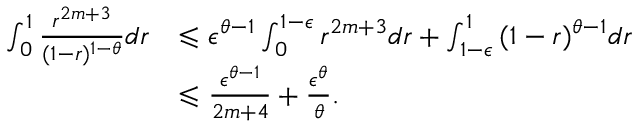
\begin{array} { r l } { \int _ { 0 } ^ { 1 } { \frac { r ^ { 2 m + 3 } } { ( 1 - r ) ^ { 1 - \theta } } } d r } & { \leqslant \epsilon ^ { \theta - 1 } \int _ { 0 } ^ { 1 - \epsilon } { { r ^ { 2 m + 3 } } } d r + \int _ { 1 - \epsilon } ^ { 1 } { ( 1 - r ) ^ { \theta - 1 } } d r } \\ & { \leqslant \frac { \epsilon ^ { \theta - 1 } } { 2 m + 4 } + \frac { \epsilon ^ { \theta } } { \theta } . } \end{array}